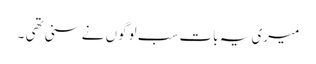
میری یہ بات سب لوگوں نے سنی تھی ۔